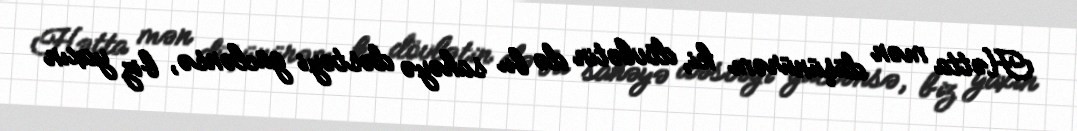
Hətta mən düşünürəm ki, dövlətin də bu sahəyə dəstəyi güclənsə, biz yaxın